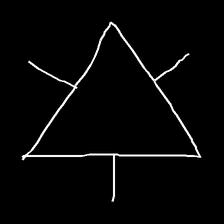
Glyph: fire